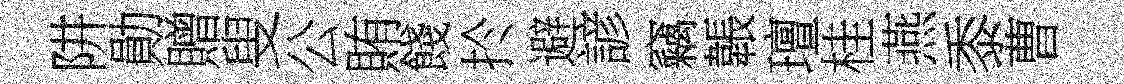
阱勛贈叟公賄餞扵避諺竊韔璮桂燕黍曹